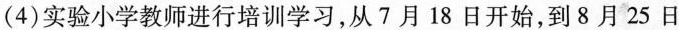
(4)实验小学教师进行培训学习，从7月18日开始，到8月25日